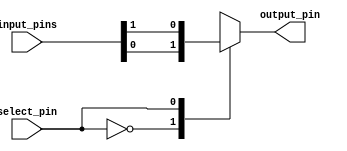
module io_buffer (
    input wire [7:0] input_pins,
    input wire select_pin,
    output reg output_pin
);

always @(*) begin
    case (select_pin)
        0: output_pin <= input_pins[0];
        1: output_pin <= input_pins[1];
        2: output_pin <= input_pins[2];
        3: output_pin <= input_pins[3];
        4: output_pin <= input_pins[4];
        5: output_pin <= input_pins[5];
        6: output_pin <= input_pins[6];
        7: output_pin <= input_pins[7];
        default: output_pin <= 8'b0; //default value when select pin is invalid
    endcase
end

endmodule